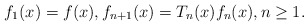
\begin{align*} f_1(x)=f(x), f_{n+1}(x)=T_n(x)f_n(x),n\geq 1.\end{align*}